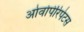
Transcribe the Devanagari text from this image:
ओवोपेरिपेटस